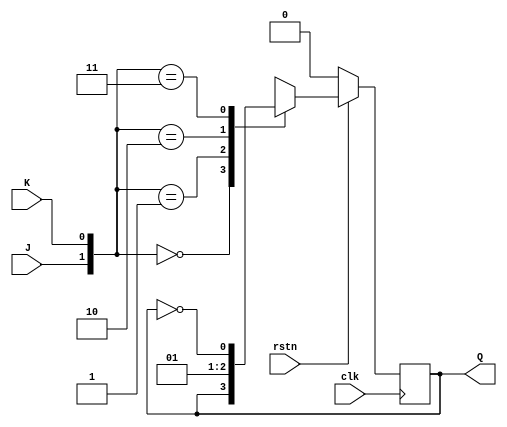
module jk_ff(
	input J,K,
	input clk,
	input rstn,
	output reg Q
);

always@(posedge clk) begin
	if(~rstn) begin
		Q <= 0;
	end else begin
		case({J,K})
			2'b00 : Q <= Q;
			2'b01 : Q <= 1'b0;
			2'b10 : Q <= 1'b1;
			2'b11 : Q <= ~Q;
		endcase
	end
end
endmodule